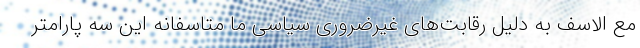
مع الاسف به دلیل رقابت‌های غیرضروری سیاسی ما متاسفانه این سه پارامتر